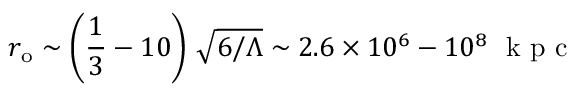
r _ { \mathrm { { o } } } \sim \left( \frac { 1 } { 3 } - 1 0 \right) \, \sqrt { 6 / \Lambda } \sim 2 . 6 \times 1 0 ^ { 6 } - 1 0 ^ { 8 } ~ \mathrm { ~ k ~ p ~ c ~ }